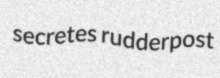
secretes rudderpost